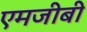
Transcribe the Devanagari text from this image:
एमजीबी